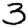
Digit: 3